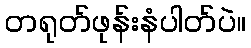
တရုတ်ဖုန်းနံပါတ်ပဲ။